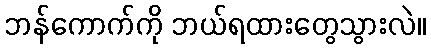
ဘန်ကောက်ကို ဘယ်ရထားတွေသွားလဲ။